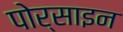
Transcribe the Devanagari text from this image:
पोर्साइन